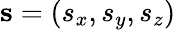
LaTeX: \mathbf{s}=(s_{x},s_{y},s_{z})